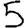
Digit: 5